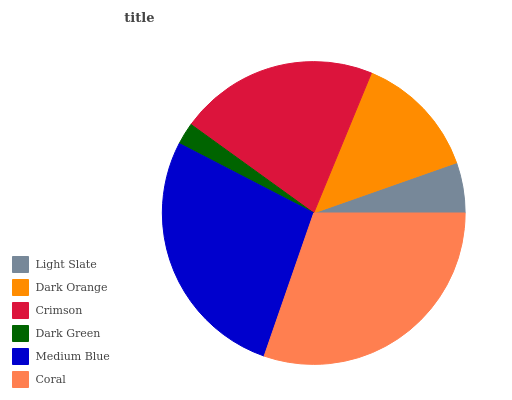
| Light Slate | Dark Orange | Crimson | Dark Green | Medium Blue | Coral |
 | --- | --- | --- | --- | --- | --- |
 | 5.38% | 13.4% | 21.3% | 2.36% | 27.2% | 30.3% |